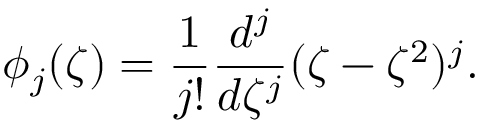
\phi _ { j } ( \zeta ) = \frac { 1 } { j ! } \frac { d ^ { j } } { d \zeta ^ { j } } ( \zeta - \zeta ^ { 2 } ) ^ { j } .